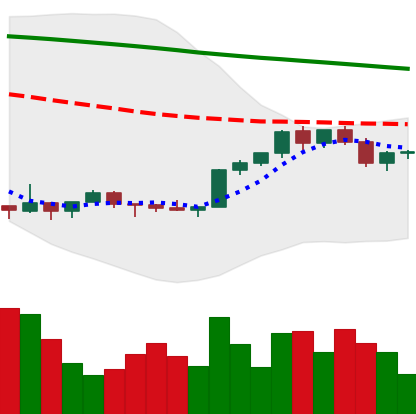
Ticker: XMR-USD
Chart end date: 2022-02-13
Forward return: -8.174%
Label: down_7plus